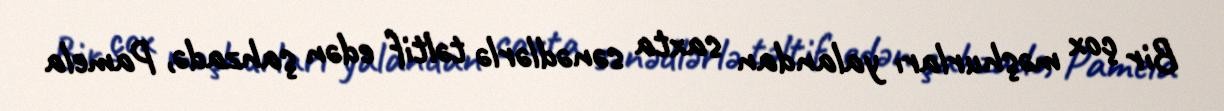
Bir çox məşhurları yalandan saxta sənədlərlə təltif edən şahzadə, Pamela